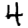
Digit: 4